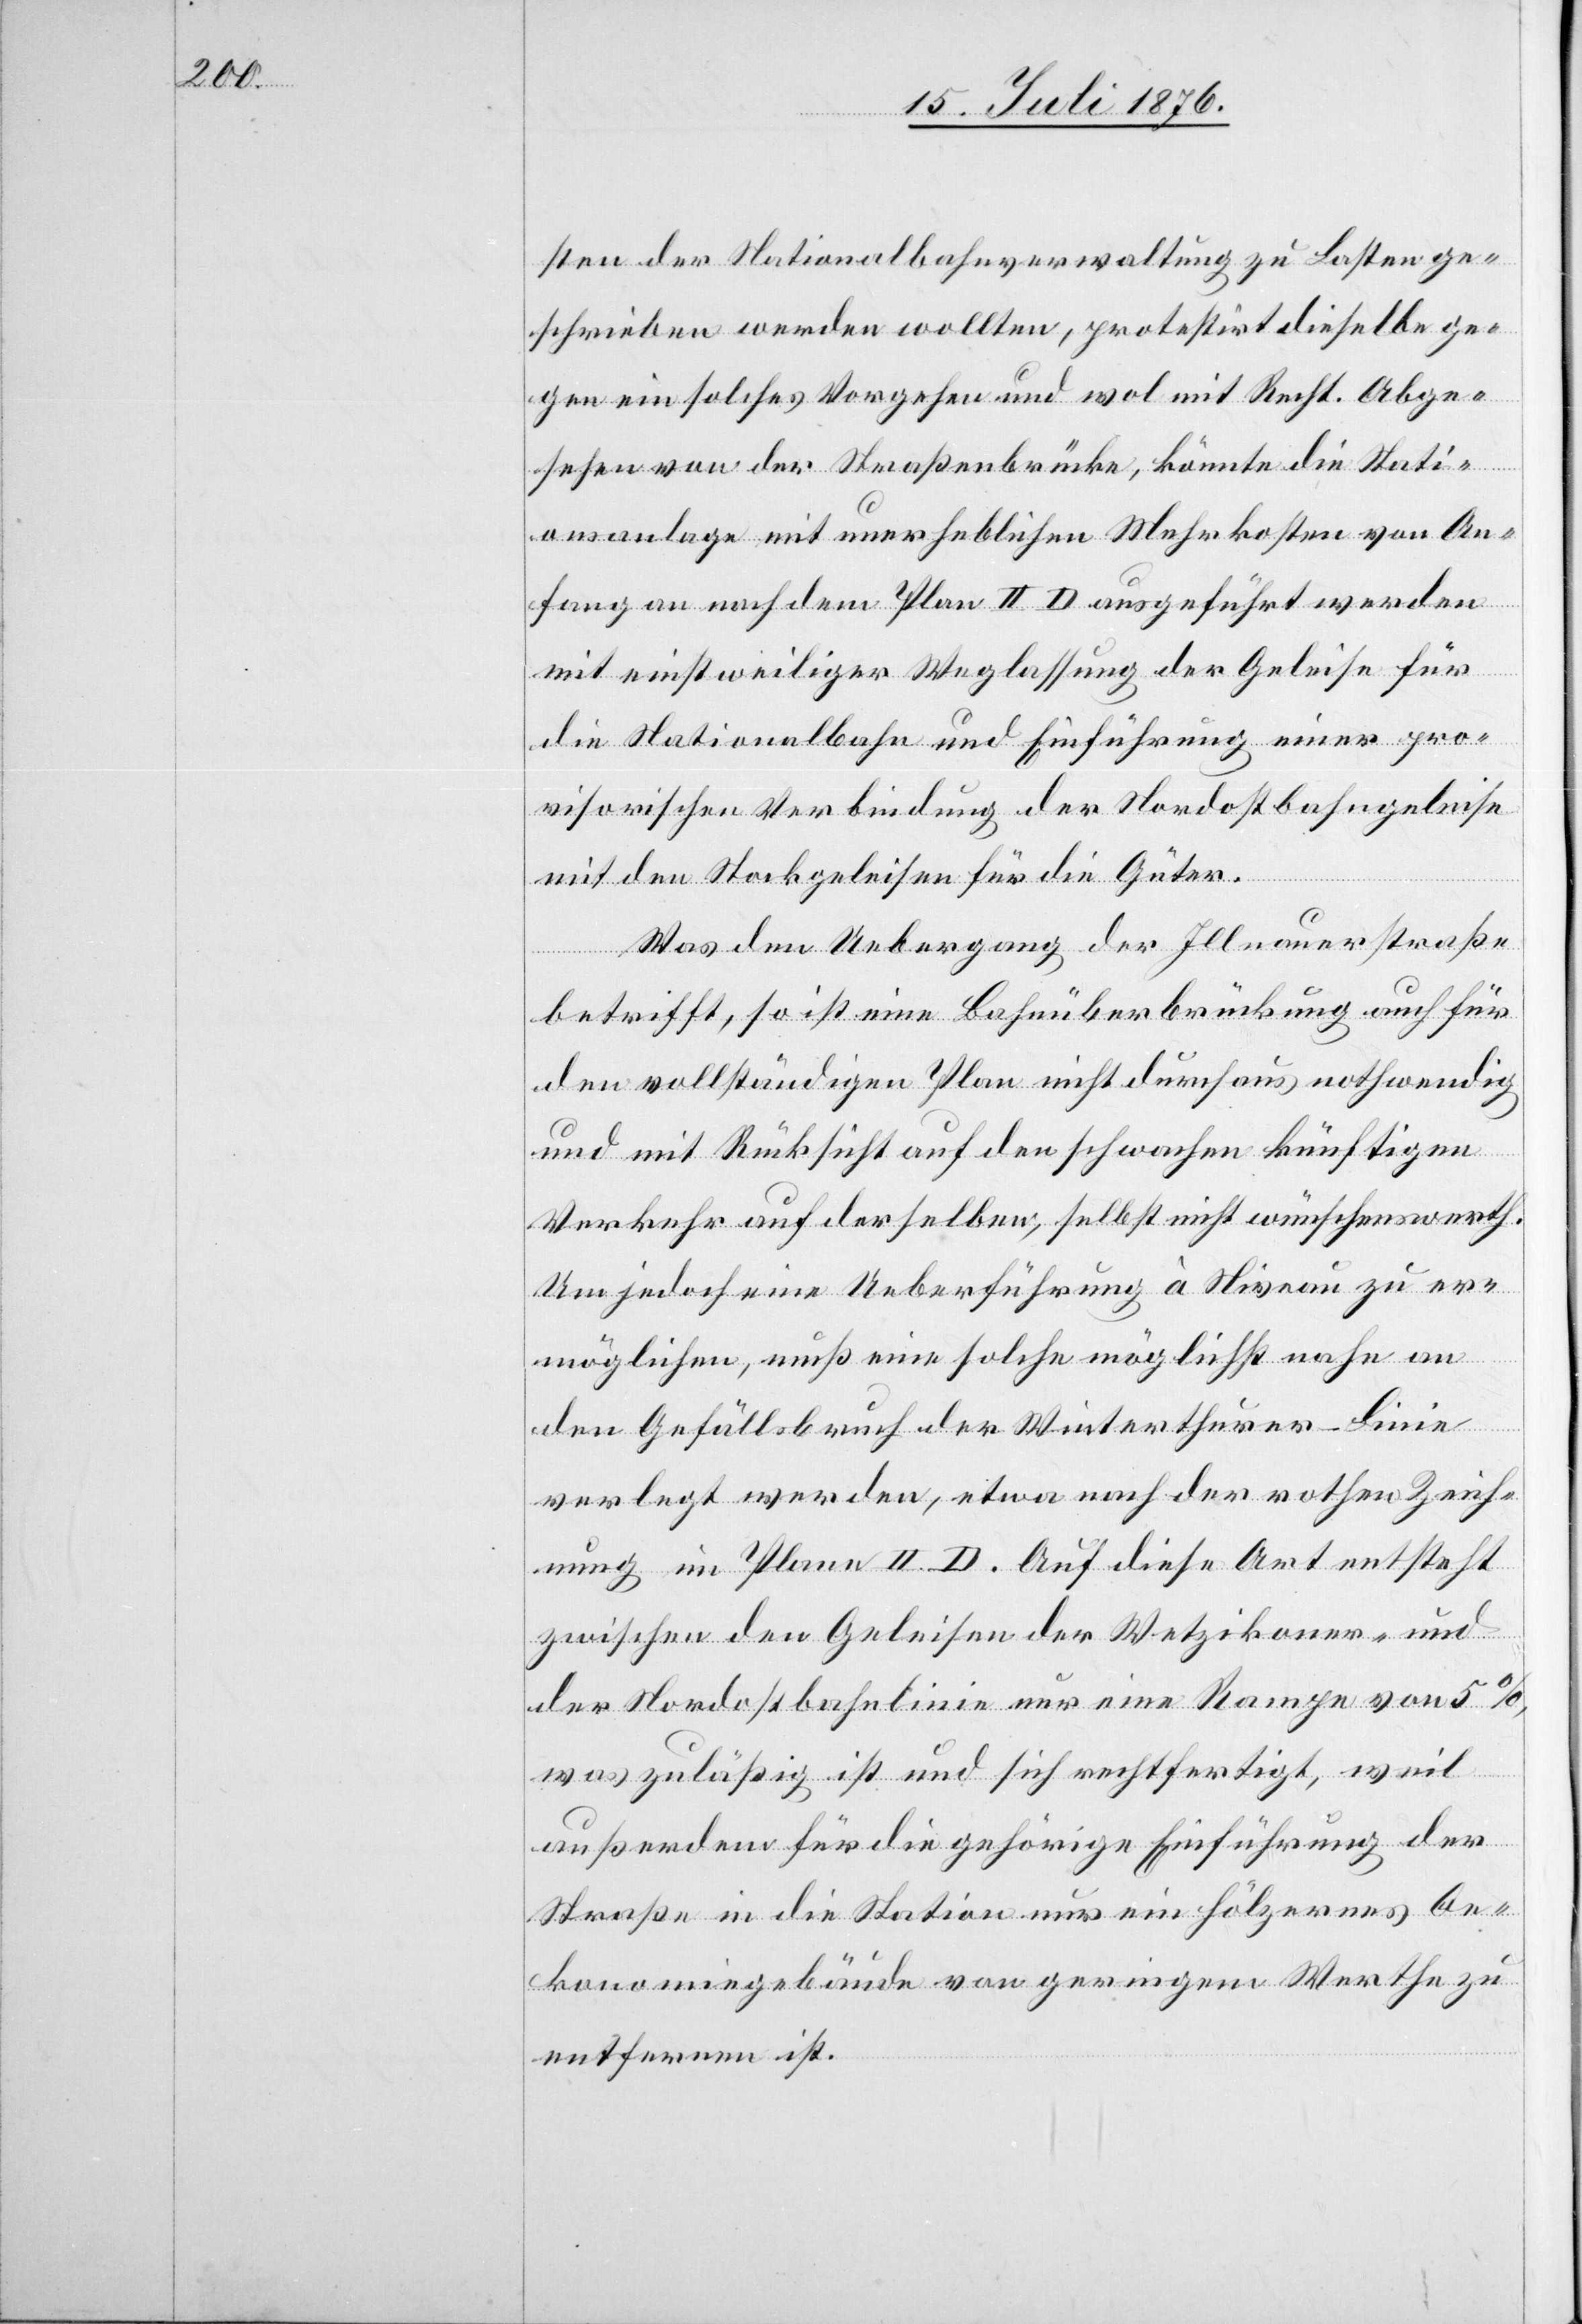
sten der Nationalbahnverwaltung zu Lasten ge¬
schrieben werden wollten, protestirt dieselbe ge¬
gen ein solches Vorgehen und wol mit Recht. Abge¬
sehen von der Straßenbrücke, könnte die Stati¬
onsanlage mit unerheblichen Mehrkosten von An¬
fang an nach dem Plan II D ausgeführt werden
mit einstweiliger Weglassung der Geleise für
die Nationalbahn und Einführung einer pro¬
visorischen Verbindung der Nordostbahngeleise
mit den Stockgeleisen für die Güter.
Was den Uebergang der Illnauerstraße
betrifft, so ist eine Bahnüberbrückung auch für
den vollständigen Plan nicht durchaus nothwendig
und mit Rücksicht auf den schwachen künftigen
Verkehr auf derselben, selbst nicht wünschenswerth.
Um jedoch eine Ueberführung à Niveau zu er¬
möglichen, muß eine solche möglichst nahe an
den Gefällsbruch der Winterthurer-Linie
verlegt werden, etwa nach der rothen Zeich¬
nung im Plane II D. Auf diese Art entsteht
zwischen den Geleisen der Wetzikoner- und
der Nordostbahnlinie nur eine Rampe von 5 %,
was zuläßig ist und sich rechtfertigt, weil
außerdem für die gehörige Einführung der
Straße in die Station nur ein hölzernes Oe¬
konomiegebäude von geringem Werthe zu
entfernen ist.